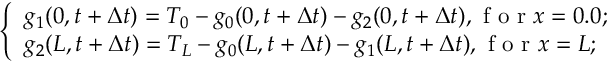
\left\{ \begin{array} { l l } { g _ { 1 } ( 0 , t + \Delta t ) = T _ { 0 } - g _ { 0 } ( 0 , t + \Delta t ) - g _ { 2 } ( 0 , t + \Delta t ) , \mathrm { ~ f ~ o ~ r ~ } x = 0 . 0 ; } \\ { g _ { 2 } ( L , t + \Delta t ) = T _ { L } - g _ { 0 } ( L , t + \Delta t ) - g _ { 1 } ( L , t + \Delta t ) , \mathrm { ~ f ~ o ~ r ~ } x = L ; } \end{array} \right.